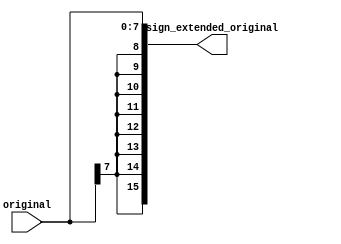
module sign_extender
    (
        input [7:0] original,
        output [15:0] sign_extended_original
    );

    assign sign_extended_original = {{8{original[7]}}, original[7:0]};

endmodule